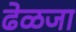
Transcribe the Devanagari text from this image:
ढेळजा